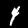
Digit: 4